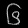
Digit: ၆